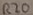
Text: R20